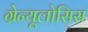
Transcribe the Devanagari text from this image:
ग्रेन्यूलोसिस